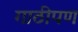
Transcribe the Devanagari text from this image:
गाठीपण